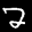
Label: 2